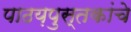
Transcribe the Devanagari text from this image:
पाठय़पुस्तकांचे